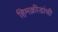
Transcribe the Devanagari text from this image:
हिमक्रीडांची